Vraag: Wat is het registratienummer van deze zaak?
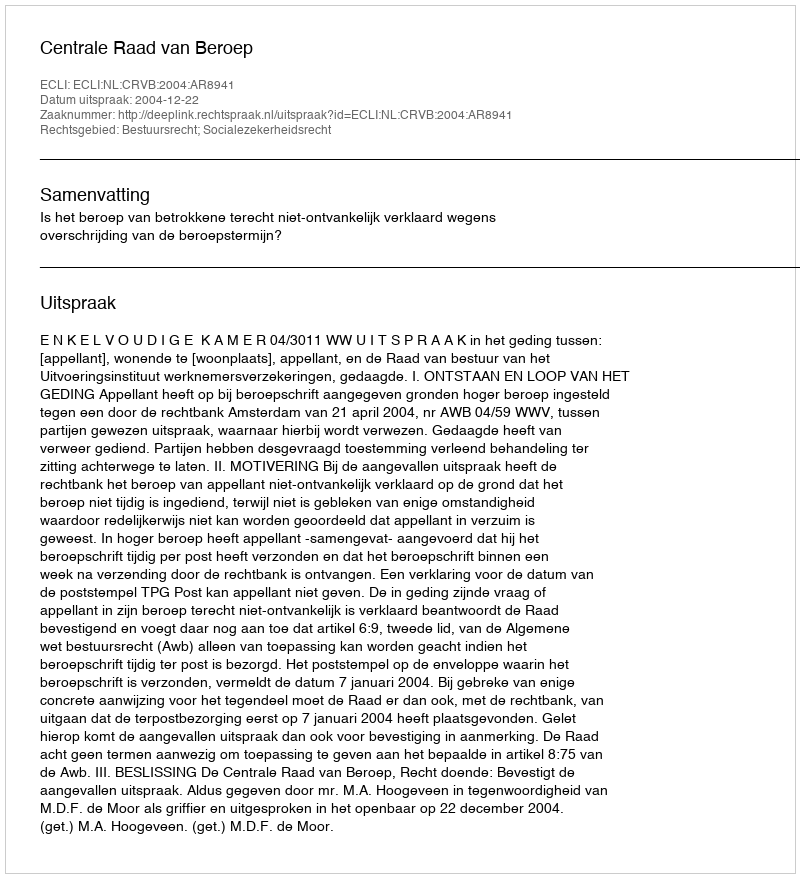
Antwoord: http://deeplink.rechtspraak.nl/uitspraak?id=ECLI:NL:CRVB:2004:AR8941